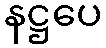
နဋ္ဌပေ